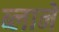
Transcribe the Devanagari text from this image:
ब्लाने